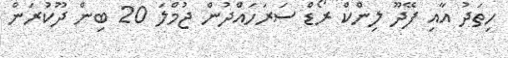
ހިތަދު އާއި ފޭދޫ ލިންކް ރޯޑް ސަރަހައްދުން ޖުމްލަ 20 ބިން ދޫކުރަން